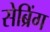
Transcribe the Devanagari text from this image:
सेब्रिंग